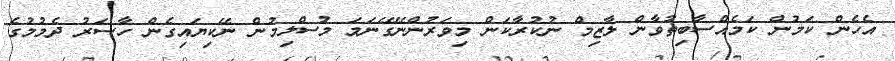
އެހެން ކަމުން ކަމެއްސާބިތުވާން ލާޒިމް ނުކުރާކަން މިވަރުންނޭގޭނަމަ މުސްލިމުން ނޭކިޔައިގެން ހާސަރު ދެމުމުގެ